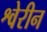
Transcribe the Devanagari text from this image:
श्वेरीन